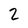
Character: 2